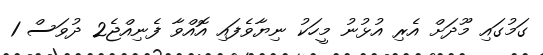
ގަމުގައި މޫދަށް އެރި އުޅުނު މީހަކު ނިޔާވެފައި އޮއްވާ ފެނިއްޖެ2 ދުވަސް 1